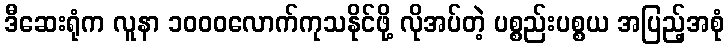
ဒီဆေးရုံက လူနာ ၁၀၀၀လောက်ကုသနိုင်ဖို့ လိုအပ်တဲ့ ပစ္စည်းပစ္စယ အပြည့်အစုံ